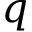
q